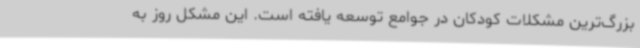
بزرگ‌ترین مشکلات کودکان در جوامع توسعه یافته است. این مشکل روز به